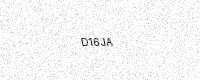
Text: D16JA